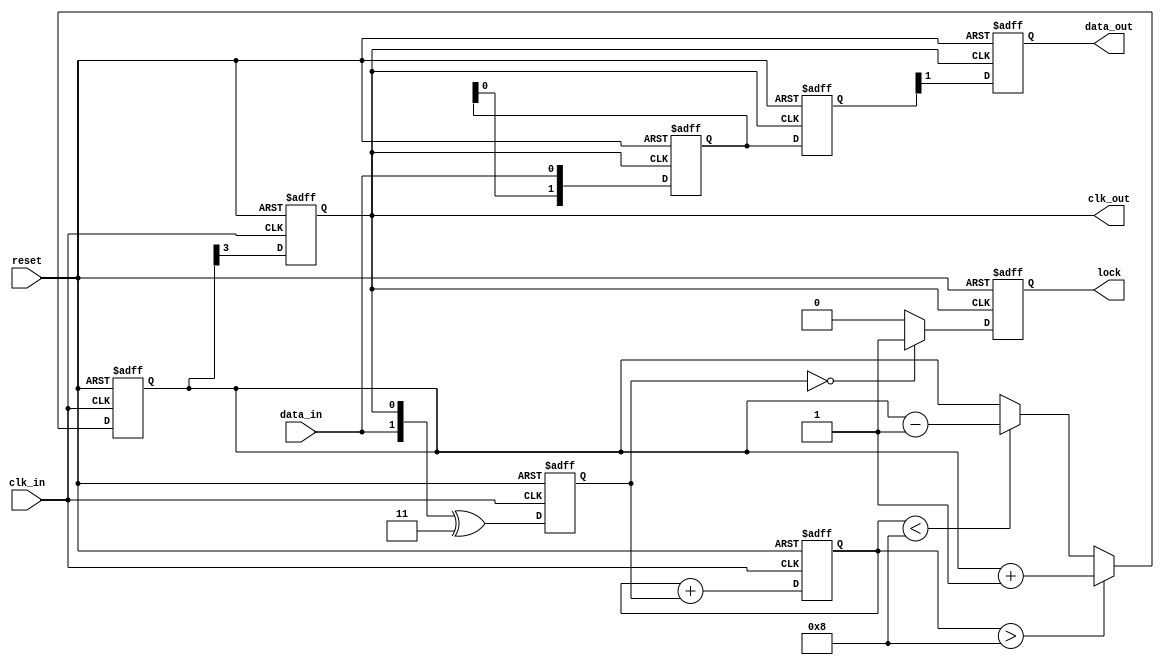
module pll_synchronizer (
    input wire clk_in,        // Incoming clock signal
    input wire data_in,       // Incoming data signal
    input wire reset,         // Asynchronous reset
    output reg clk_out,       // Synchronized output clock
    output reg data_out,      // Synchronized output data
    output reg lock           // Lock signal
);

    // Parameters for PLL
    parameter N = 4;          // Divider factor
    parameter PHASE_DETECTOR_DELAY = 1; // Delay for phase detector
    parameter LOOP_FILTER_DELAY = 2;    // Delay for loop filter
    parameter VCO_DELAY = 1;  // Delay for VCO

    // Internal signals
    reg [1:0] phase_err;      // Phase error signal
    reg [3:0] loop_filter;    // Output of the loop filter
    reg [3:0] vco;            // VCO output
    reg [1:0] sync_stage1;    // First stage of synchronization
    reg [1:0] sync_stage2;    // Second stage of synchronization

    // Phase Detector
    always @(posedge clk_in or posedge reset) begin
        if (reset) begin
            phase_err <= 2'b00;
        end else begin
            // Simple phase detector logic (up/down)
            phase_err <= {data_in, clk_out} ^ 2'b11; // XOR to detect phase difference
        end
    end

    // Loop Filter
    always @(posedge clk_in or posedge reset) begin
        if (reset) begin
            loop_filter <= 4'b0000;
        end else begin
            loop_filter <= loop_filter + phase_err; // Simple integrative filter
        end
    end

    // Voltage-Controlled Oscillator (VCO)
    always @(posedge clk_in or posedge reset) begin
        if (reset) begin
            vco <= 4'b0000; // Reset VCO
            clk_out <= 0;
        end else begin
            // Simple VCO behavior: adjust frequency based on loop filter
            if (loop_filter > 4'b1000) begin
                // Increase frequency
                vco <= vco + 1;
            end else if (loop_filter < 4'b1000) begin
                // Decrease frequency
                vco <= vco - 1;
            end
            
            // Generate the output clock based on VCO
            clk_out <= vco[N-1]; // Output clock scaled by divider
        end
    end

    // Multi-stage Synchronization
    always @(posedge clk_out or posedge reset) begin
        if (reset) begin
            sync_stage1 <= 2'b00;
            sync_stage2 <= 2'b00;
            data_out <= 0;
            lock <= 0;
        end else begin
            sync_stage1 <= {sync_stage1[0], data_in}; // First stage
            sync_stage2 <= sync_stage1;               // Second stage
            data_out <= sync_stage2[1];               // Synchronized output data
            
            // Lock detection logic
            if (phase_err == 2'b00) begin
                lock <= 1; // Locked when phase error is zero
            end else begin
                lock <= 0;
            end
        end
    end

endmodule